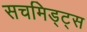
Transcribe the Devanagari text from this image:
सचमिड्ट्स